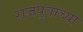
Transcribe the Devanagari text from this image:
राजपुत्राच्या